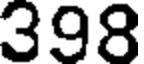
398